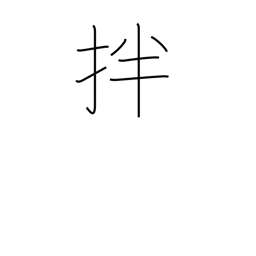
Meaning: stir and mix